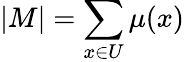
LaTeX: |M|=\sum_{x\in U}\mu(x)